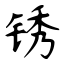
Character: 锈